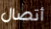
أتصال